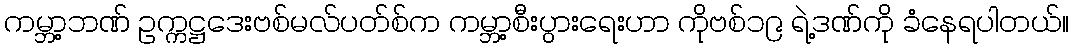
ကမ္ဘာ့ဘဏ် ဥက္ကဋ္ဌဒေးဗစ်မလ်ပတ်စ်က ကမ္ဘာ့စီးပွားရေးဟာ ကိုဗစ်၁၉ ရဲ့ဒဏ်ကို ခံနေရပါတယ်။